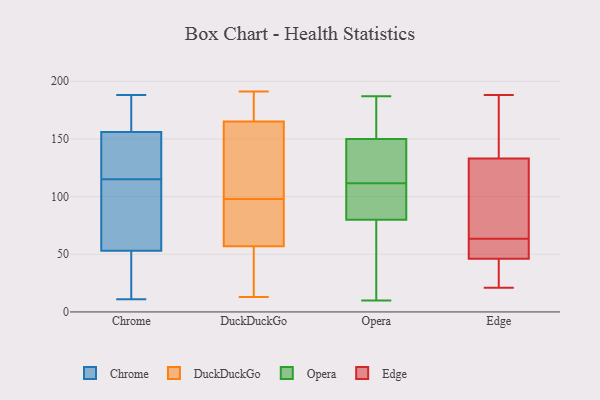
{"axis": {"x": "Latency (ms)", "y": "Value"}, "legend": ["Chrome", "DuckDuckGo", "Edge", "Opera"], "data": [{"x": "", "y": 14, "type": "Chrome"}, {"x": "", "y": 188, "type": "Chrome"}, {"x": "", "y": 53, "type": "Chrome"}, {"x": "", "y": 99, "type": "Chrome"}, {"x": "", "y": 11, "type": "Chrome"}, {"x": "", "y": 117, "type": "Chrome"}, {"x": "", "y": 29, "type": "Chrome"}, {"x": "", "y": 156, "type": "Chrome"}, {"x": "", "y": 162, "type": "Chrome"}, {"x": "", "y": 160, "type": "Chrome"}, {"x": "", "y": 60, "type": "Chrome"}, {"x": "", "y": 113, "type": "Chrome"}, {"x": "", "y": 128, "type": "Chrome"}, {"x": "", "y": 119, "type": "Chrome"}, {"x": "", "y": 86, "type": "DuckDuckGo"}, {"x": "", "y": 13, "type": "DuckDuckGo"}, {"x": "", "y": 57, "type": "DuckDuckGo"}, {"x": "", "y": 34, "type": "DuckDuckGo"}, {"x": "", "y": 191, "type": "DuckDuckGo"}, {"x": "", "y": 183, "type": "DuckDuckGo"}, {"x": "", "y": 165, "type": "DuckDuckGo"}, {"x": "", "y": 110, "type": "DuckDuckGo"}, {"x": "", "y": 62, "type": "DuckDuckGo"}, {"x": "", "y": 121, "type": "DuckDuckGo"}, {"x": "", "y": 150, "type": "Opera"}, {"x": "", "y": 108, "type": "Opera"}, {"x": "", "y": 24, "type": "Opera"}, {"x": "", "y": 156, "type": "Opera"}, {"x": "", "y": 80, "type": "Opera"}, {"x": "", "y": 98, "type": "Opera"}, {"x": "", "y": 113, "type": "Opera"}, {"x": "", "y": 184, "type": "Opera"}, {"x": "", "y": 150, "type": "Opera"}, {"x": "", "y": 187, "type": "Opera"}, {"x": "", "y": 110, "type": "Opera"}, {"x": "", "y": 98, "type": "Opera"}, {"x": "", "y": 10, "type": "Opera"}, {"x": "", "y": 120, "type": "Opera"}, {"x": "", "y": 139, "type": "Opera"}, {"x": "", "y": 53, "type": "Opera"}, {"x": "", "y": 137, "type": "Opera"}, {"x": "", "y": 69, "type": "Opera"}, {"x": "", "y": 130, "type": "Edge"}, {"x": "", "y": 133, "type": "Edge"}, {"x": "", "y": 46, "type": "Edge"}, {"x": "", "y": 66, "type": "Edge"}, {"x": "", "y": 59, "type": "Edge"}, {"x": "", "y": 127, "type": "Edge"}, {"x": "", "y": 142, "type": "Edge"}, {"x": "", "y": 184, "type": "Edge"}, {"x": "", "y": 21, "type": "Edge"}, {"x": "", "y": 51, "type": "Edge"}, {"x": "", "y": 46, "type": "Edge"}, {"x": "", "y": 188, "type": "Edge"}, {"x": "", "y": 61, "type": "Edge"}, {"x": "", "y": 24, "type": "Edge"}]}